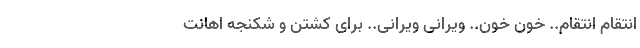
انتقام انتقام.. خون خون.. ویرانی ویرانی.. برای کشتن و شکنجه اهانت